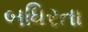
બધિરતા